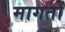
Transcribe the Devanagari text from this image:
मागतों